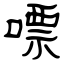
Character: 嘌